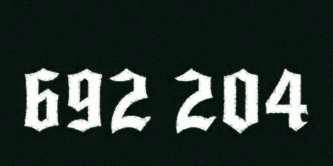
692 204